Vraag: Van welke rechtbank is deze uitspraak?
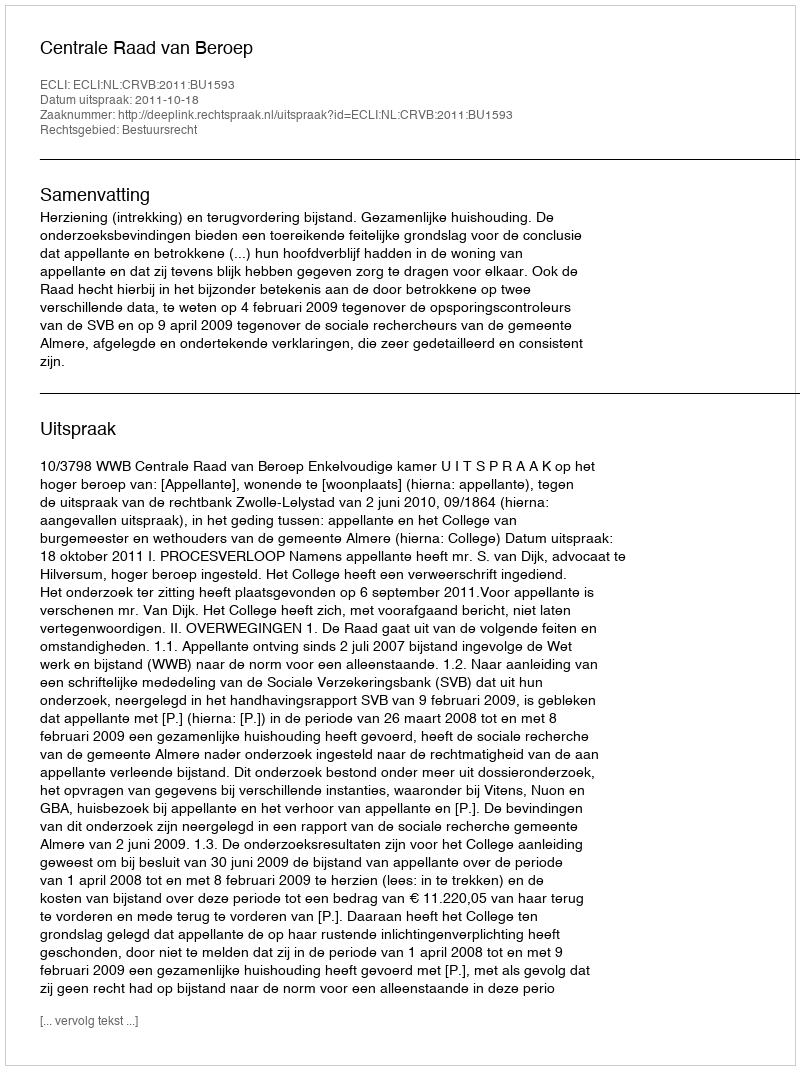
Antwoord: Centrale Raad van Beroep